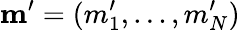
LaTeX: \mathbf{m}^{\prime}=(m_{1}^{\prime},...,m_{N}^{\prime})